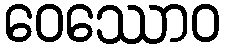
ဝေဿောဝ